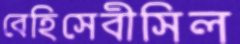
বেহিসেবীসিল